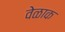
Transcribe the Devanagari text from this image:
वेळाक